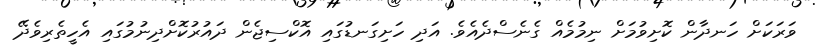
ވަރަކަށް ހަނދާން ކޮށިވުމަށް ނިމުމެއް ގެނެސްދެއެވެ. އަދި ހަށިގަނޑުގައި އޮކްސިޖެން ދައުރުކޮށްދިނުމުގައި އެހީތެރިވެދޭ